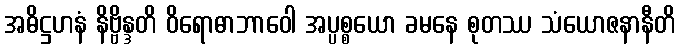
အဓိဋ္ဌဟနံ နိဗ္ဗိန္ဒတိ ဝိရောဓာဘာဝေါ အပ္ပစ္စယော ခမနေ စုတဿ သံယောဇနာနီတိ